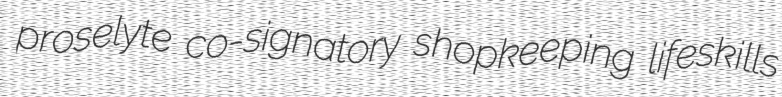
proselyte co-signatory shopkeeping lifeskills